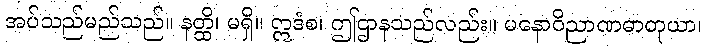
အပ်သည်မည်သည်။ နတ္ထိ၊ မရှိ။ ဣဒံစ၊ ဤဌာနသည်လည်း။ မနောဝိညာဏဓာတုယာ၊